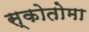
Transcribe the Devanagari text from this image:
स्कोतोमा